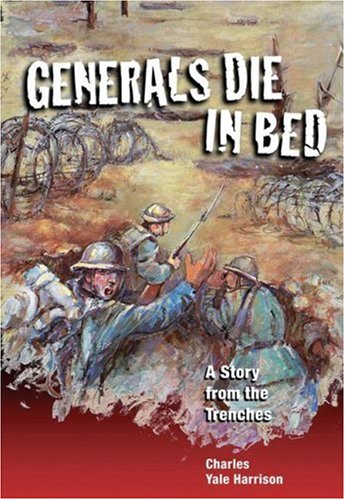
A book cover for Generals Die In Bed: A Story from the Trenches; Charles Harrison; Teen & Young Adult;